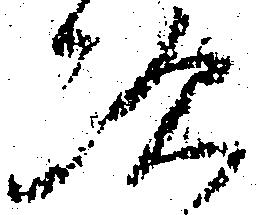
次